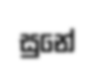
සුනේ